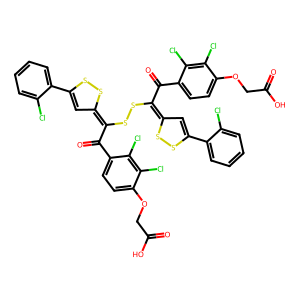
SMILES: O=C(O)COc1ccc(C(=O)C(SSC(C(=O)c2ccc(OCC(=O)O)c(Cl)c2Cl)=C2C=C(c3ccccc3Cl)SS2)=C2C=C(c3ccccc3Cl)SS2)c(Cl)c1Cl
Inhibits HIV replication: No